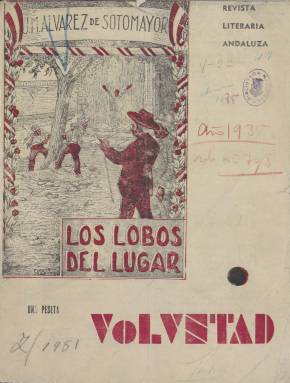
Título: Voluntad (Almería)
Colección: Literatura
Ámbito geográfico: Almería
Lugar de publicación: Almería
Fechas: 01/11/1935-31/07/1936